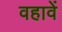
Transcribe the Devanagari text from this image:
वहावें